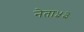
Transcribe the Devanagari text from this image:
नेता५३